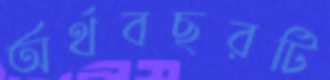
অর্থবছরটি